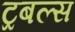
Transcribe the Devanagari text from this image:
ट्रबल्स